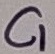
Text: C1